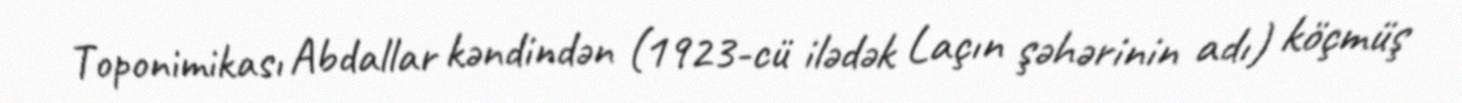
Toponimikası Abdallar kəndindən (1923-cü ilədək Laçın şəhərinin adı) köçmüş